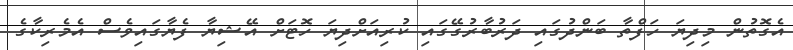
އެގޮތުން މިދިޔަ ހަފްތާ ބަންދުގައި ދަރުބާރުގޭގައި ކުރިއަށްދިޔަ ހޮޓަށް އޭޝިޔާ ފެޔާގައިވެސް އެމެރިކާގެ